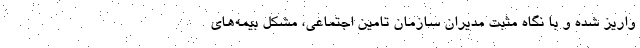
واریز شده و با نگاه مثبت مدیران سازمان تامین اجتماعی، مشکل بیمه‌های